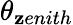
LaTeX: \theta_{\mathbf{z}enith}